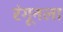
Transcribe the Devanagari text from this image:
रंगूनला